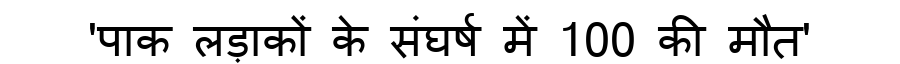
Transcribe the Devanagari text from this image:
'पाक लड़ाकों के संघर्ष में 100 की मौत'